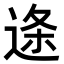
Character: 𮞓